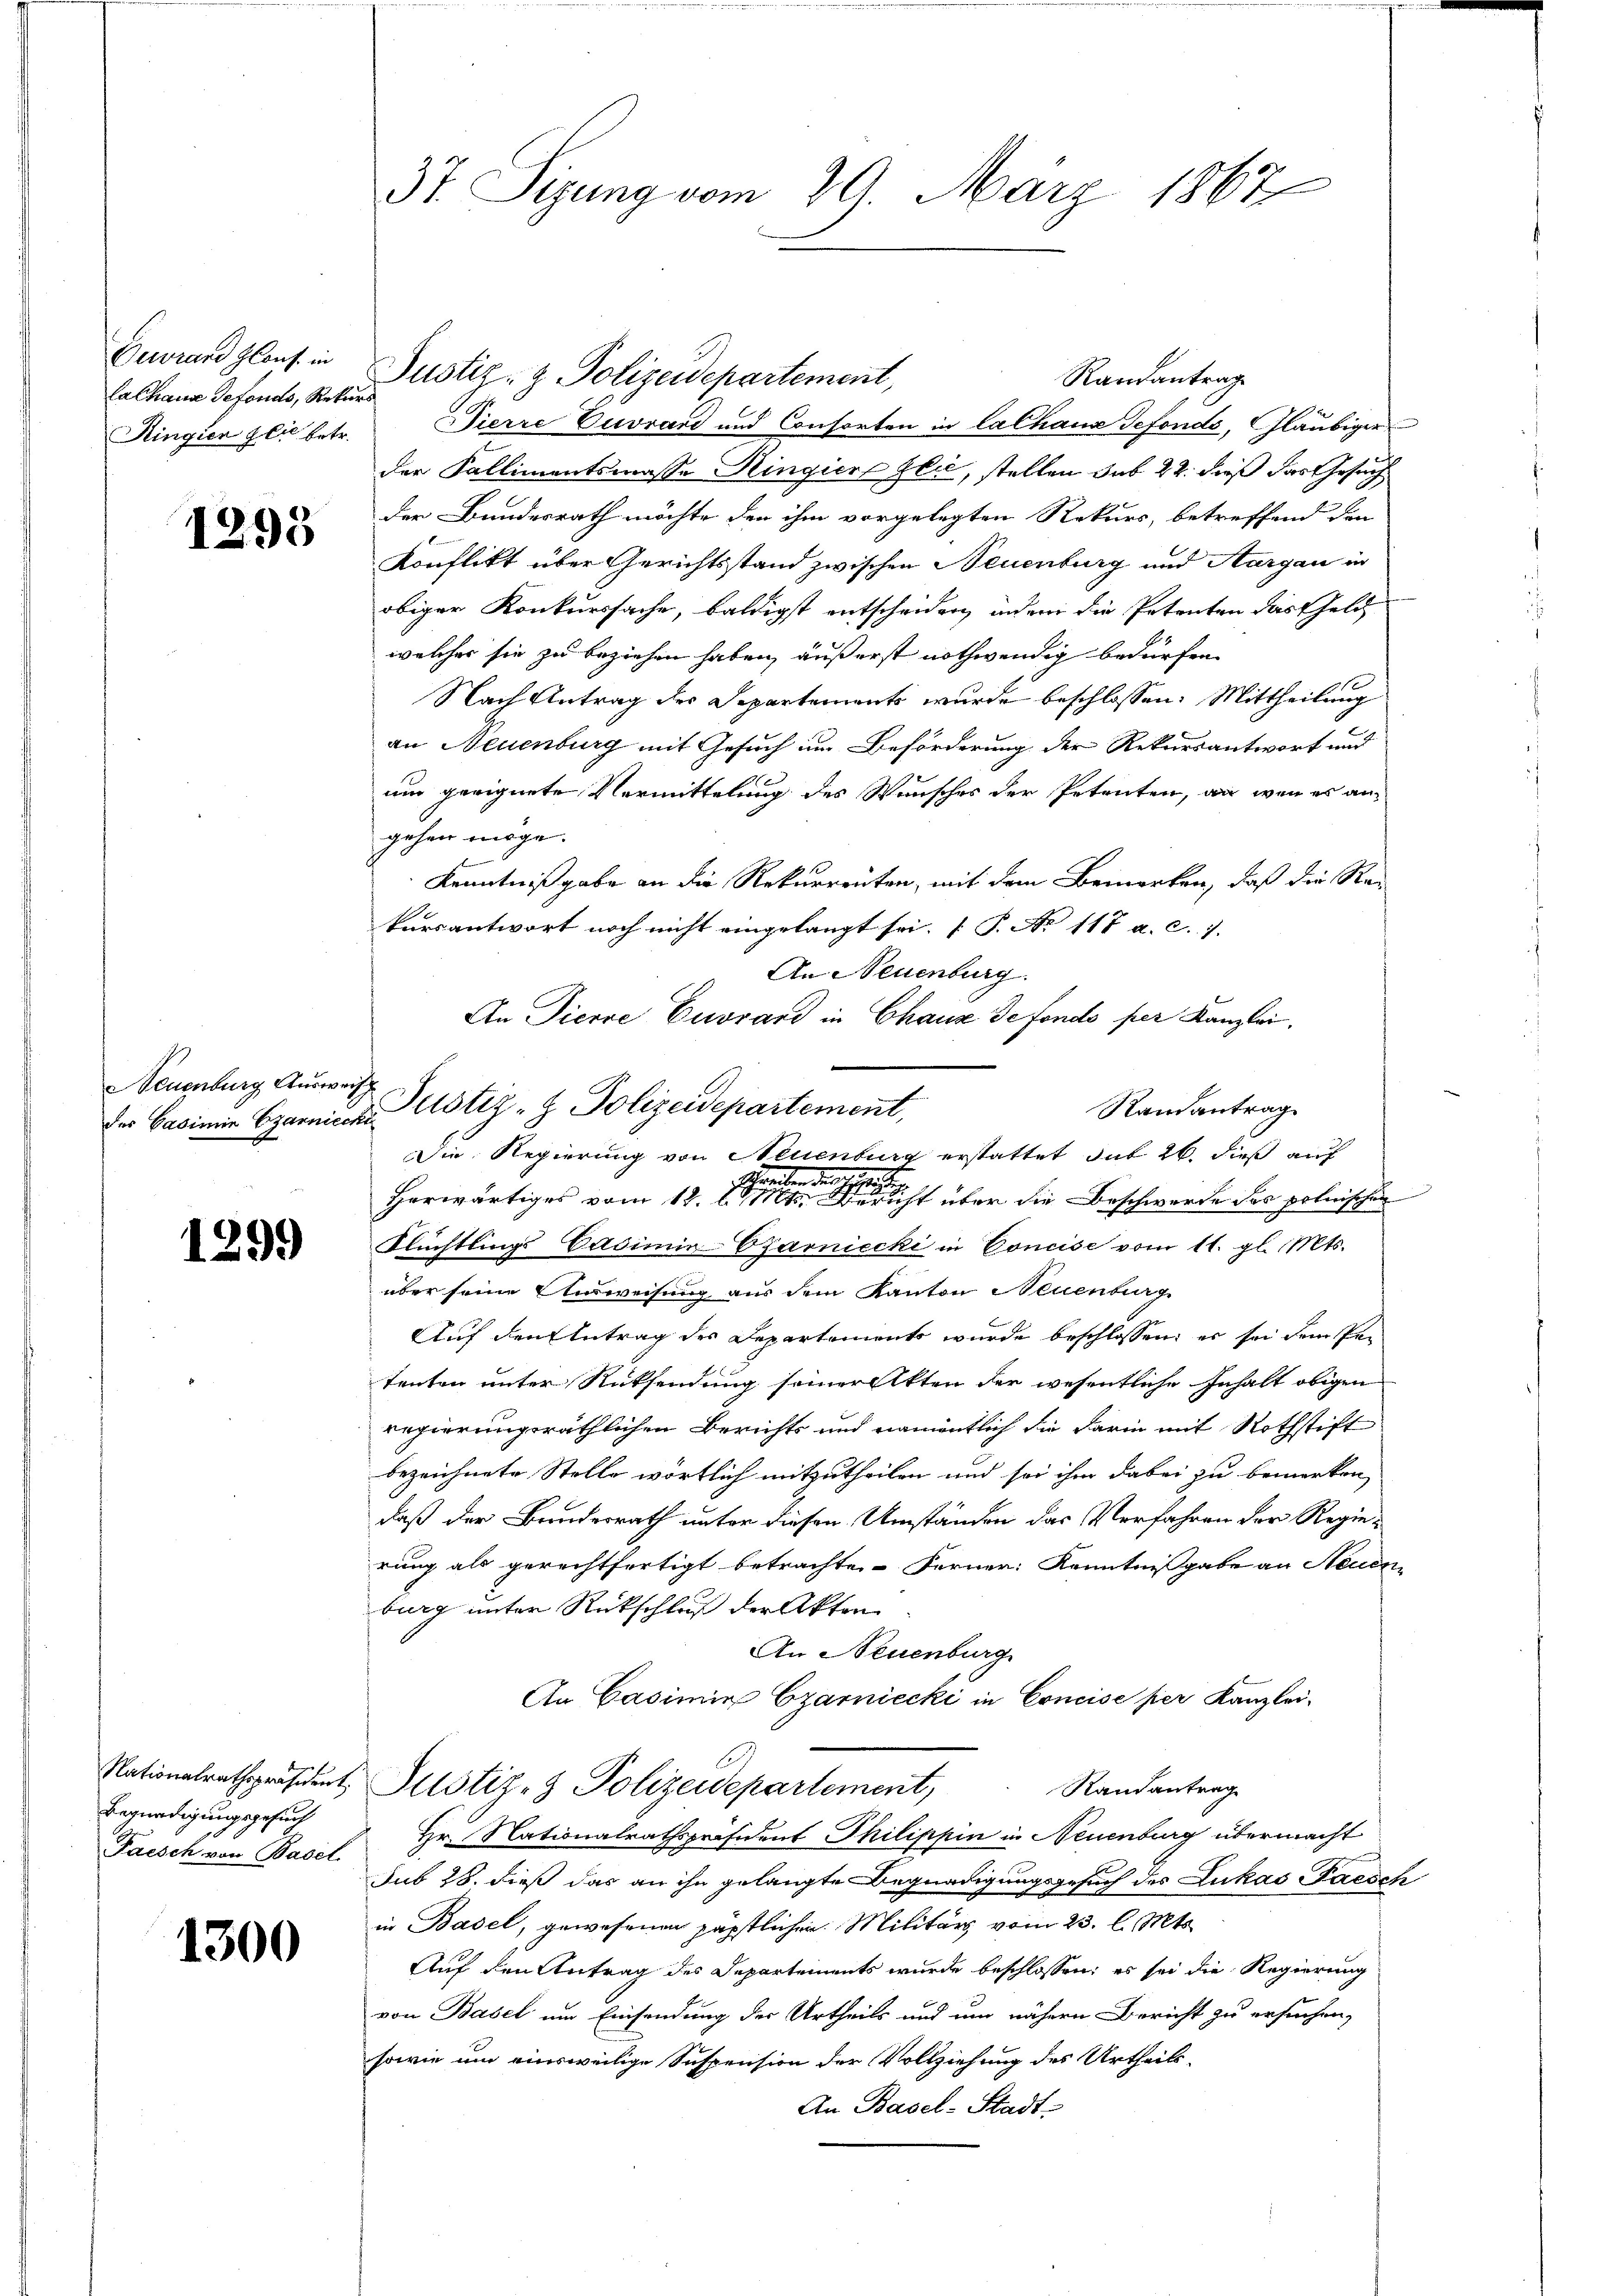
Derard Glaus in
Calhaus Gefonds, Rekurs
Ringien glie betr.

1293

NNeuenburg Ausweis

1299

Begnadigungsgesuch
Paisch von Basel.

1300

37. Sizung vom 29. März 1867

Randantrag
Dierre Cuvrand und Consorten in lalhaus Gefonds, Gläubiger
der Kallimentsmasse Ringiere Glić, stellen sub 22. dieß das Gesuch
der Bundesrath möchte den ihm vorgelegten Rekurs, betreffend den
Konflikt über Gerichtsstand zwischen Neuenburg und Aargau in
obiger Konkurssache, baldigst entscheiden, indem die Petenten das Geld
welcher sie zu beziehen haben, äußerst nothwendig bedürfen.
Nach Antrag des Departements wurde beschlossen: Mittheilung
an Neuenburg mit Gesuch im Beförderung der Rekursantwort und
um geeignete Vermittelung des Wunsches der Petenten, an war es angehen möge.
Kenntniß gabe an die Rekurrenten, mit dem Bemerken, daß die Rekarsantwort noch nicht eingelangt sei. (T. No 117 a. c. 1.
An Neuenburg.
An Tierre Eusrard in Chaux de fondo per Kanzlei,
Randantrag
Schreiben diese St
d
Herwärtiges vom 12. l. Mts. erricht über die Beschwerde des polnischen
Flüchtlings Casimin-Csarniecki in Concise vom 11. gl. Mts.
über seine Ausweisung aus dem Kanton Neuenburg
Auf den Antrag des Departements wurde beschlossen, es sei dem Petenten unter Rücksendung seiner Akten der wesentliche Inhalt obigen
regierungsräthlichen Berichts und namentlich die darin mit Rothstift
bezeichnete Stelle wörtlich mitzutheilen und sei ihm dabei zu bemerken,
daß der Bundesrath unter diesen Umständen das Verfahren der Regierung als gerechtfertigt betrachte. Ferner: Kenntnissgabe an Neuenburg unter Rückschluß der Akten
An Neuenburg
An Casimi Czarniecki in Concise hier Kanzlei-
Nationalrathspräsident Justiz- & Polizeidepartement,
Randantrag
Hr. Nationalrathspräsident Thilippin in Neuenburg übermacht
sub 28. dieß das an ihn gelangte Begnadigungsgesuch des Lukas Paesch
in Basel, gewesenen päpstlichen Militärs vom 23. l. Mts.
Auf den Antrag des Departements wurde beschlossen; es sei die Regierung
von Basel um Einsendung der Urtheils und um nähern Bericht zu ersuchen,
sowie um einsweilige Suspension der Vollziehung des Urtheils-
An Basel-Stadt-

Der Casimi Czarnicus Astiz- & Polizeidepartement,

Justiz- & Polizeidepartement,

Die Regierung von Neuenburg erstattet das 26. dieß auf